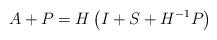
LaTeX: \begin{align*}A+P=H\left( I+S+H^{-1}P\right) \end{align*}